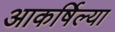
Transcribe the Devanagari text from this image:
आकर्षिल्या